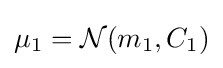
\mu _{1}={\mathcal {N}}(m_{1},C_{1})